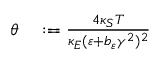
\begin{array} { r l } { \theta } & { { } : = \frac { 4 \kappa _ { S } T } { \kappa _ { E } ( \varepsilon + b _ { \varepsilon } \gamma ^ { 2 } ) ^ { 2 } } } \end{array}